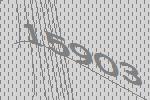
15903